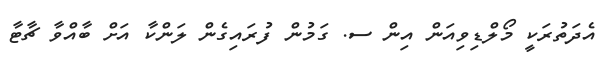
އެދަތުރަކީ މޯލްޑިވިއަން އިން ސ. ގަމުން ފުރައިގެން ލަންކާ އަށް ބާއްވާ ޗާޓާ